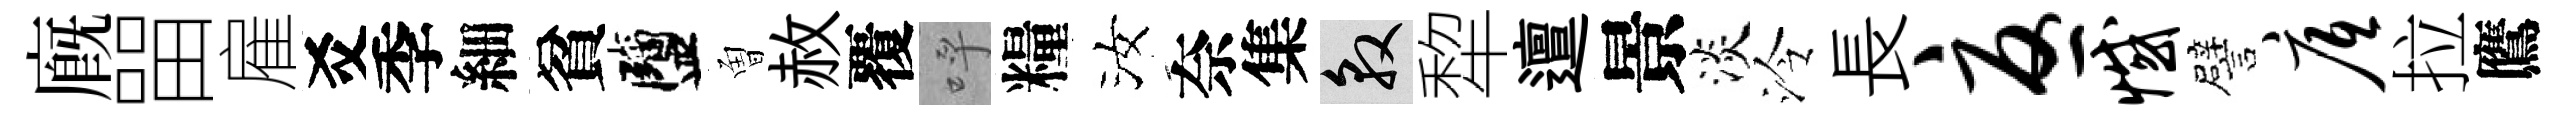
廐㽞雇爻季細貧鹽曽赦覆呼糧汝奈集敦犂邅景淡泠長忧憾譬底拉鷹